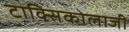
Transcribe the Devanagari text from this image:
टाक्सिकोलाजी